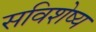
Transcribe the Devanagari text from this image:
सविशेष्य